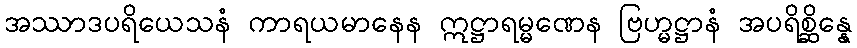
အဿာဒပရိယေသနံ ကာရယမာနေန ဣဋ္ဌာရမ္မဏေန ဗြဟ္မဋ္ဌာနံ အပရိစ္ဆိန္နေ